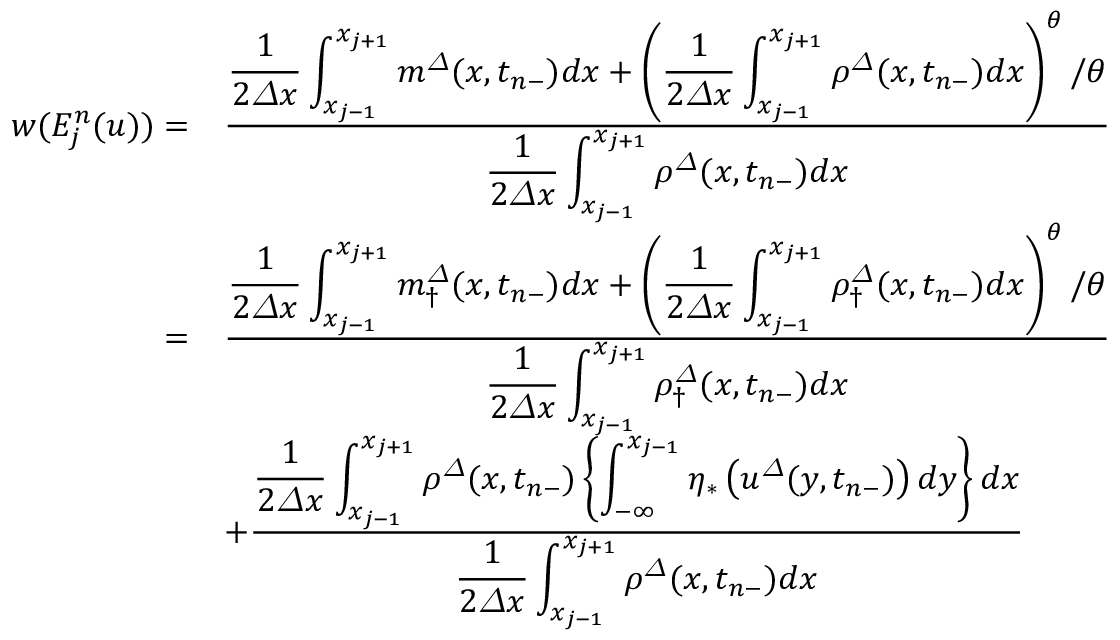
\begin{array} { r l } { w ( E _ { j } ^ { n } ( u ) ) = } & { \frac { \displaystyle \frac 1 { 2 { \varDelta } x } \int _ { x _ { j - 1 } } ^ { x _ { j + 1 } } m ^ { \varDelta } ( x , t _ { n - } ) d x + \left( \frac 1 { 2 { \varDelta } x } \int _ { x _ { j - 1 } } ^ { x _ { j + 1 } } { \rho } ^ { \varDelta } ( x , t _ { n - } ) d x \right) ^ { \theta } / \theta } { \displaystyle \frac 1 { 2 { \varDelta } x } \int _ { x _ { j - 1 } } ^ { x _ { j + 1 } } { \rho } ^ { \varDelta } ( x , t _ { n - } ) d x } } \\ { = } & { \frac { \displaystyle \frac 1 { 2 { \varDelta } x } \int _ { x _ { j - 1 } } ^ { x _ { j + 1 } } { m } _ { \dagger } ^ { \varDelta } ( x , t _ { n - } ) d x + \left( \frac 1 { 2 { \varDelta } x } \int _ { x _ { j - 1 } } ^ { x _ { j + 1 } } { \rho } _ { \dagger } ^ { \varDelta } ( x , t _ { n - } ) d x \right) ^ { \theta } / \theta } { \displaystyle \frac 1 { 2 { \varDelta } x } \int _ { x _ { j - 1 } } ^ { x _ { j + 1 } } { \rho } _ { \dagger } ^ { \varDelta } ( x , t _ { n - } ) d x } } \\ & { + \frac { \displaystyle \frac 1 { 2 { \varDelta } x } \int _ { x _ { j - 1 } } ^ { x _ { j + 1 } } { \rho } ^ { \varDelta } ( x , t _ { n - } ) \left\{ \int _ { - \infty } ^ { x _ { j - 1 } } \eta _ { \ast } \left( { u } ^ { \varDelta } ( y , t _ { n - } ) \right) d y \right\} d x } { \displaystyle \frac 1 { 2 { \varDelta } x } \int _ { x _ { j - 1 } } ^ { x _ { j + 1 } } { \rho } ^ { \varDelta } ( x , t _ { n - } ) d x } } \end{array}